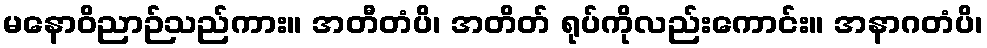
မနောဝိညာဉ်သည်ကား။ အတီတံပိ၊ အတိတ် ရုပ်ကိုလည်းကောင်း။ အနာဂတံပိ၊